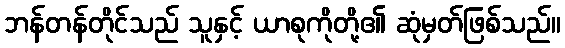
ဘန်တန်တိုင်သည် သူနှင့် ယာစုကိုတို့၏ ဆုံမှတ်ဖြစ်သည်။